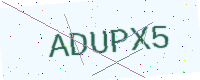
Text: ADUPX5